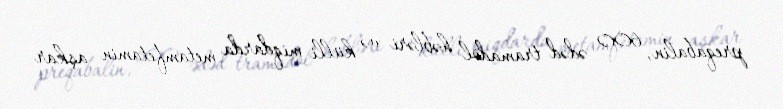
preqabalin, 600 ədəd tramadol həbləri və külli miqdarda metamfetamin aşkar